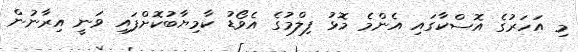
މި އަހަރުގެ އޮސްކާގައި އެންމެ މޮޅު ފިލްމުގެ އެވޯޑު ކާމިޔާބުކޮށްފައި ވަނީ އިރާނުން